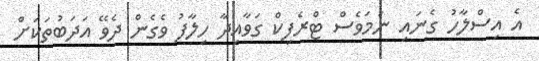
އެ އިސްލާހު ގެނައި ނަމަވެސް ޓްރެފިކް ގަވާއިދާ ހިލާފު ވެގެން ދެވޭ އަދަބުތަކަށް